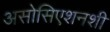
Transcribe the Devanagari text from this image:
असोसिएशनशी